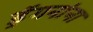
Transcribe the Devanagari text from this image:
ड्रॅगनांना